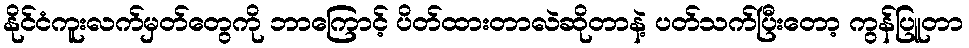
နိုင်ငံကူးလက်မှတ်တွေကို ဘာကြောင့် ပိတ်ထားတာလဲဆိုတာနဲ့ ပတ်သက်ပြီးတော့ ကွန်ပြူတာ